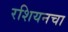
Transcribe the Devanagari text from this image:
रशियनचा